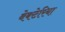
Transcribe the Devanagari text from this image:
बेक्टेरिया